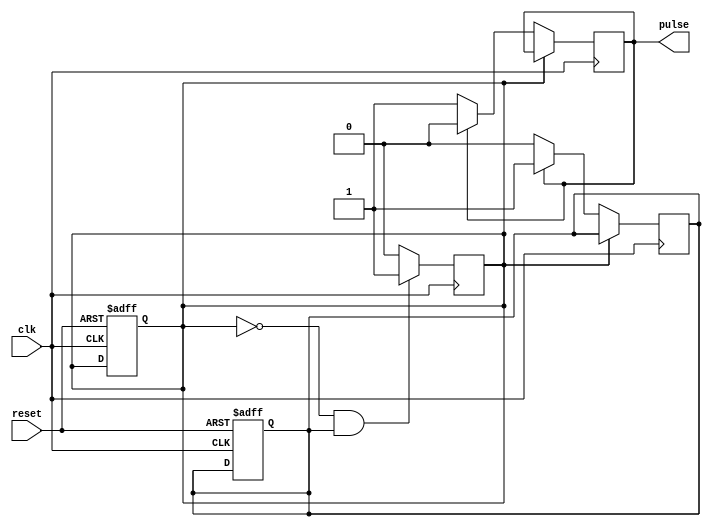
module SimplePulseGenerator (
    input wire clk,
    input wire reset,
    output reg pulse
);

reg [11:0] counter;
reg [23:0] divider;
reg sync;
reg edge_detect;

always @ (posedge clk or posedge reset) begin
    if (reset) begin
        counter <= 12'h000;
        divider <= 24'h0000;
        sync <= 1'b0;
        edge_detect <= 1'b0;
    end else begin
        if (sync == 1'b1) begin
            if (counter < 12'hFFF) begin
                counter <= counter + 1;
            end else begin
                counter <= 12'h000;
                if (divider < 24'hFFFFFF) begin
                    divider <= divider + 1;
                end else begin
                    divider <= 24'h0000;
                end
            end
        end
    end
end

always @ (posedge clk) begin
    if (sync == 1'b0 && edge_detect == 1'b1) begin
        sync <= 1'b1;
    end else begin
        sync <= 1'b0;
    end
end

always @ (posedge clk) begin
    if (sync == 1'b0) begin
        if (pulse == 1'b1) begin
            pulse <= 1'b0;
            edge_detect <= 1'b1;
        end else begin
            pulse <= 1'b1;
            edge_detect <= 1'b0;
        end
    end
end

endmodule